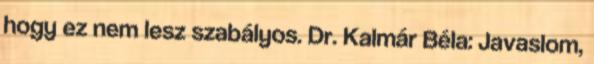
hogy ez nem lesz szabályos. Dr. Kalmár Béla: Javaslom,